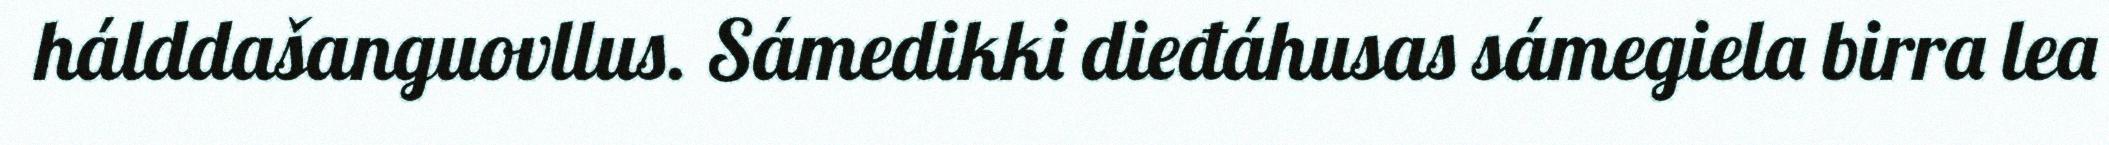
hálddašanguovllus. Sámedikki dieđáhusas sámegiela birra lea